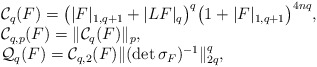
\begin{align*}\begin{array}{ll}&\mathcal{C}_q(F)=\big(|F|_{1,q+1}+|LF|_{q}\big)^ q\big(1+|F|_{1,q+1}\big)^ {4nq},\\ &\mathcal{C}_{q,p}(F)=\|\mathcal{C}_q(F)\|_ p,\\ &\mathcal{Q}_{q}(F)=\mathcal{C}_{q,2}(F)\|(\det \sigma_F)^ {-1}\|_{2q}^ q,\end{array}\end{align*}